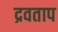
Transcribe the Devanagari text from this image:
द्रवताप